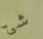
شئ